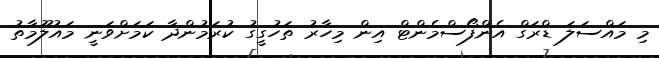
މި މައްސަލަ ޑްރަގް އެންފޯސްމެންޓް އިން މިހާރު ތަހުގީގު ކުރަމުންދާ ކަމަށްވަނީ މައުލޫމާތު